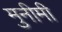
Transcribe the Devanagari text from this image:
मुनीमी